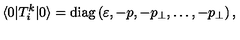
\langle 0 | T _ { i } ^ { k } | 0 \rangle = \mathrm { d i a g } \left( \varepsilon , - p , - p _ { \perp } , \ldots , - p _ { \perp } \right) ,